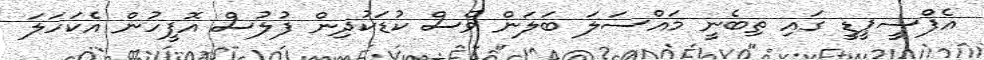
އެފްސީޕީޑީ ގައި ތިބެނީ މައްސަލަ ބަލަން ވެސް ކުޑަކުދިން ފުލުސް އޮފީހުން އެކަހަލަ